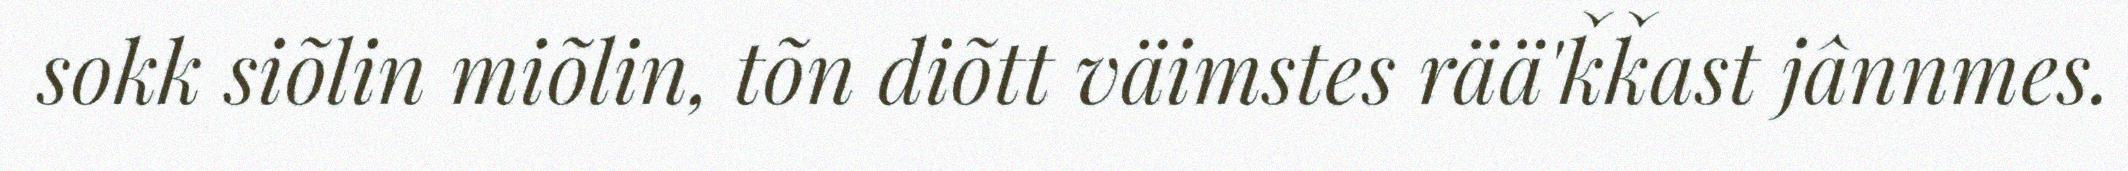
sokk siõlin miõlin, tõn diõtt väimstes rää'ǩǩast jânnmes.